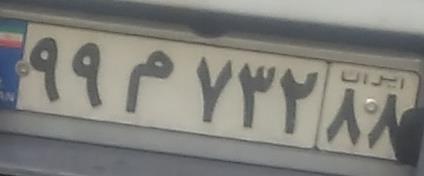
۹۹م۷۳۲۸۸